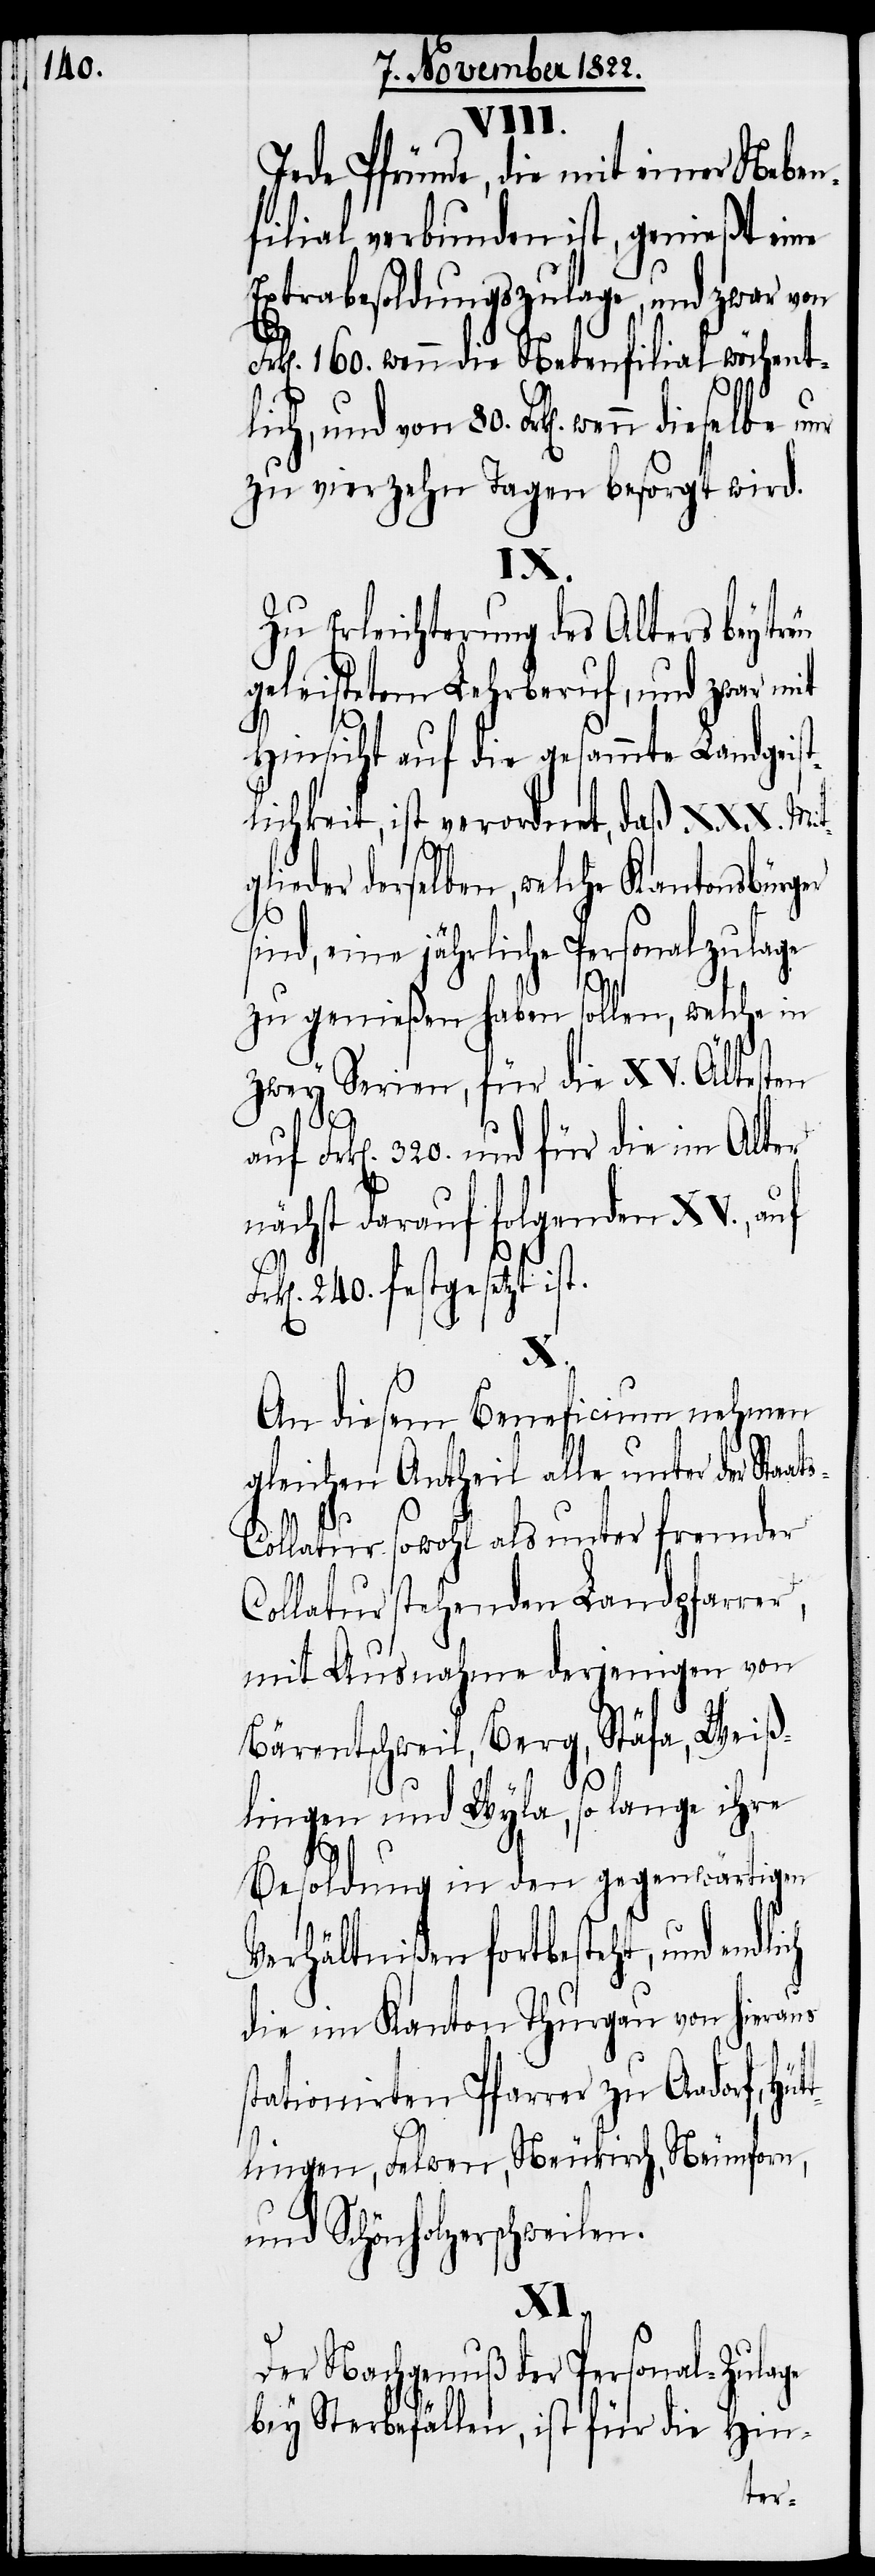
Jede Pfründe, die mit einer Neben¬
filial verbunden ist, genießt eine
Extrabesoldungszulage, und zwar von
k[en]. 160. wenn die Nebenfilial wöchent¬
lich, und von 80. Frk[en]. wenn
zu vierzehn Tagen besorgt wird.
IX.
Zu Erleichterung des Alters bey treu
geleistetem Lehrberuf, und zwar mit
Hinsicht auf die gesammte Landgeist¬
lichkeit, ist verordnet, daß XXX. Mit¬
lieder derselben, welche Kantonsbürger
sind, eine jährliche Personalzulage
zu genießen haben sollen, welche in
zwey Serien, für die XV. Ältesten
Frk[en]. 320. und für die im Alter
nächst darauf folgenden XV., auf
240. festgesetzt
ist.
An diesem Beneficium nehmen
gleichen Antheil alle unter der Sta¬
ollatur sowohl als unter fremder
Collatur stehenden Landpfarrer,
mit Ausnahme derjenigen von
Bärentschweil, Berg, Stäfa, Weiß¬
lingen und Wyla, so lange ihre
Besoldung in den gegenwärtigen
Verhältnißen fortbesteht, und
die im Kanton Thurgau von hieraus
stationirten Pfarrer zu Aadorf, Hüt¬
tlingen, Felwen, Neukirch, Neunforn,
und Schönholzerschweilen.
XI.
Der Nachgenuß der Personal-Zulage
bey Sterbefällen, ist für die Hin-